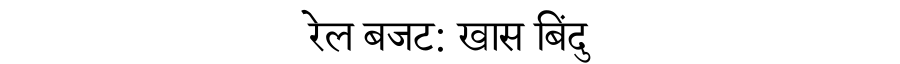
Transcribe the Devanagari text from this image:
रेल बजट: खास बिंदु